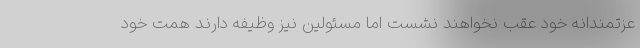
عزتمندانه خود عقب نخواهند نشست اما مسئولین نیز وظیفه دارند همت خود